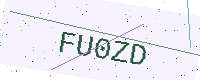
Text: FU0ZD